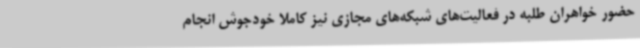
حضور خواهران طلبه در فعالیت‌های شبکه‌های مجازی نیز کاملا خودجوش انجام